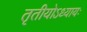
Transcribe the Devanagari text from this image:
तृतीयोऽध्यायः